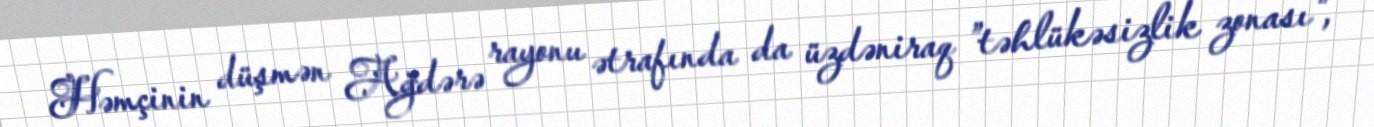
Həmçinin düşmən Ağdərə rayonu ətrafında da üzdəniraq ”təhlükəsizlik zonası",